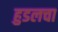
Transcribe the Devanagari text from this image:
हुडलचा